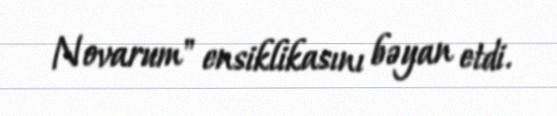
Novarum" ensiklikasını bəyan etdi.